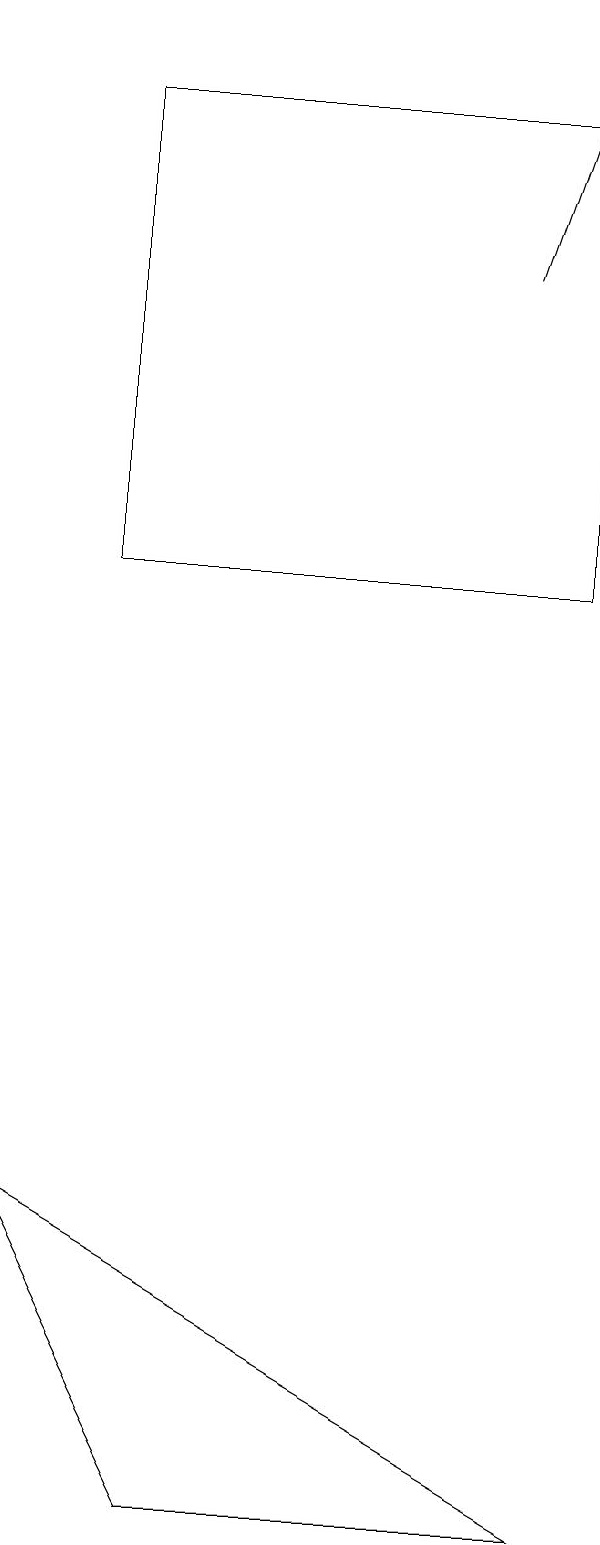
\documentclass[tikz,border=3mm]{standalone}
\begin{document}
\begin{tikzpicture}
\draw (2,0) -- (7,0) -- (0,4) -- cycle;
\draw[->] (6,16) -- (7,19);
\draw (1,18) rectangle (7,12);
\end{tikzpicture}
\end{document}